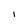
Character: I